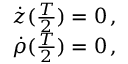
\begin{array} { r } { \dot { z } ( \frac { T } { 2 } ) = 0 \, , } \\ { \dot { \rho } ( \frac { T } { 2 } ) = 0 \, , } \end{array}